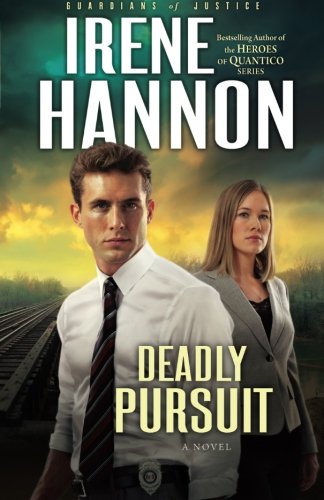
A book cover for Deadly Pursuit: A Novel (Guardians of Justice) (Volume 2); Irene Hannon; Romance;